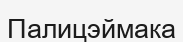
Палицэймака